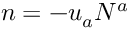
n = - u _ { a } N ^ { a }